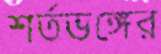
শর্তভঙ্গের